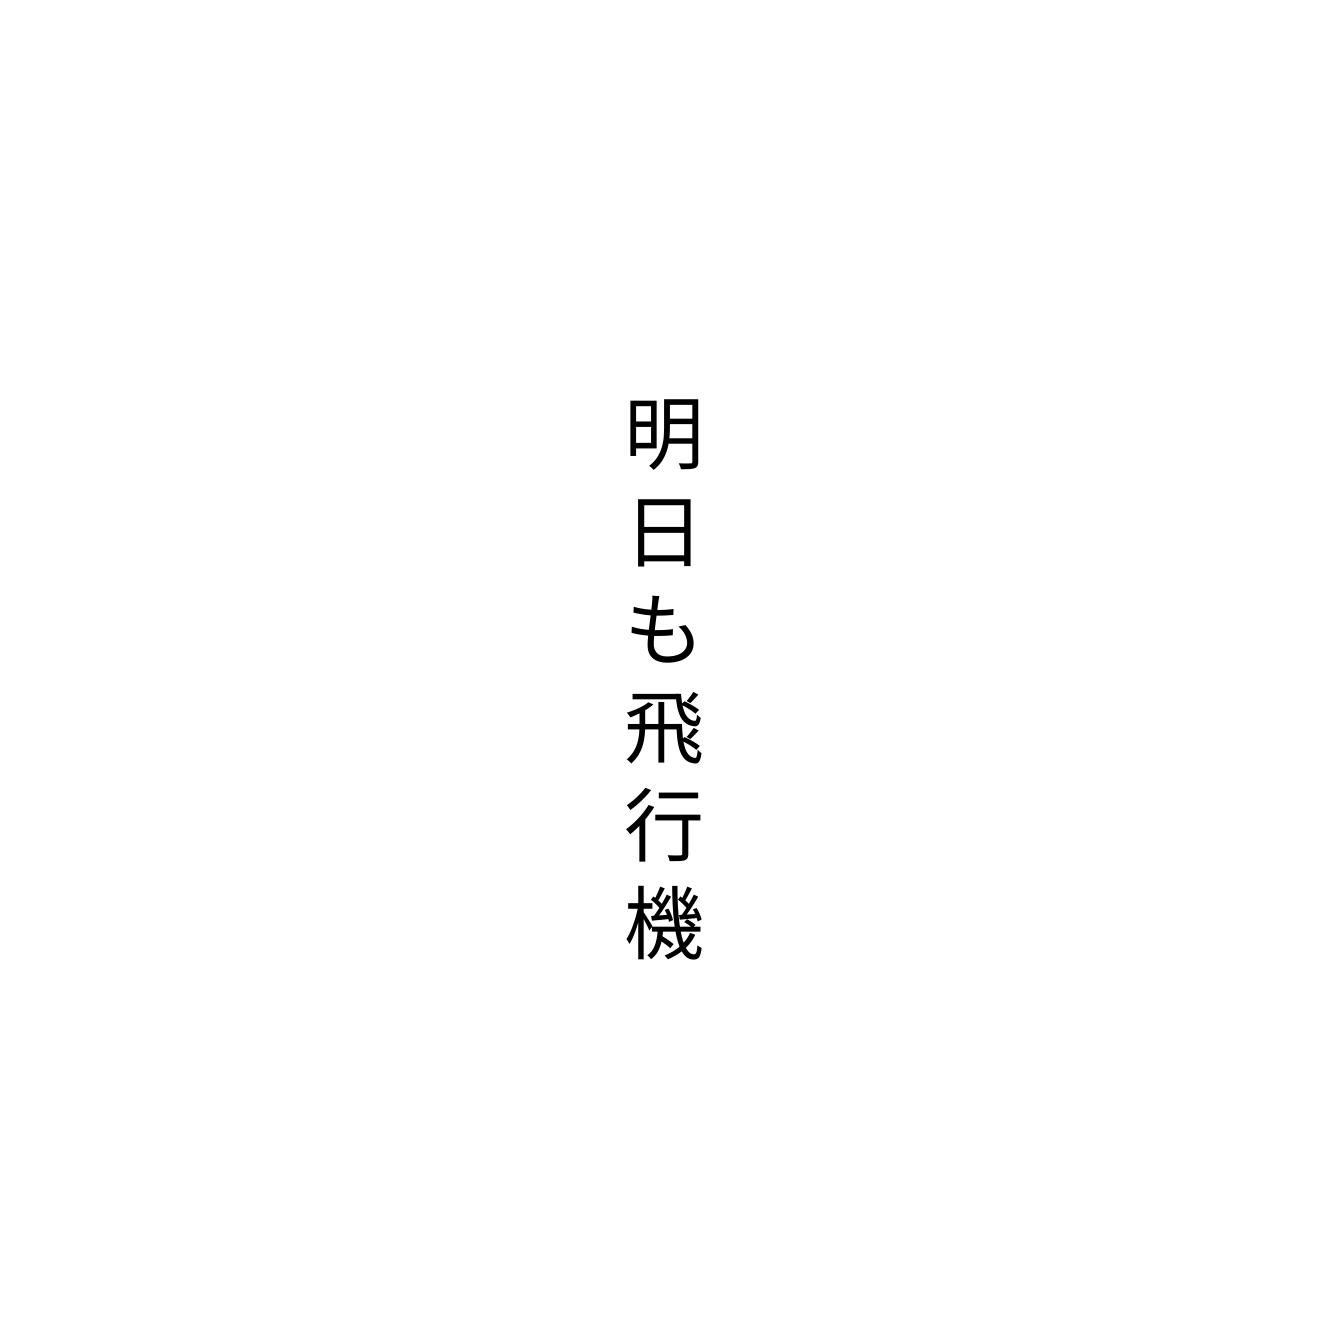
明日も飛行機